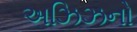
અઝિઝનો